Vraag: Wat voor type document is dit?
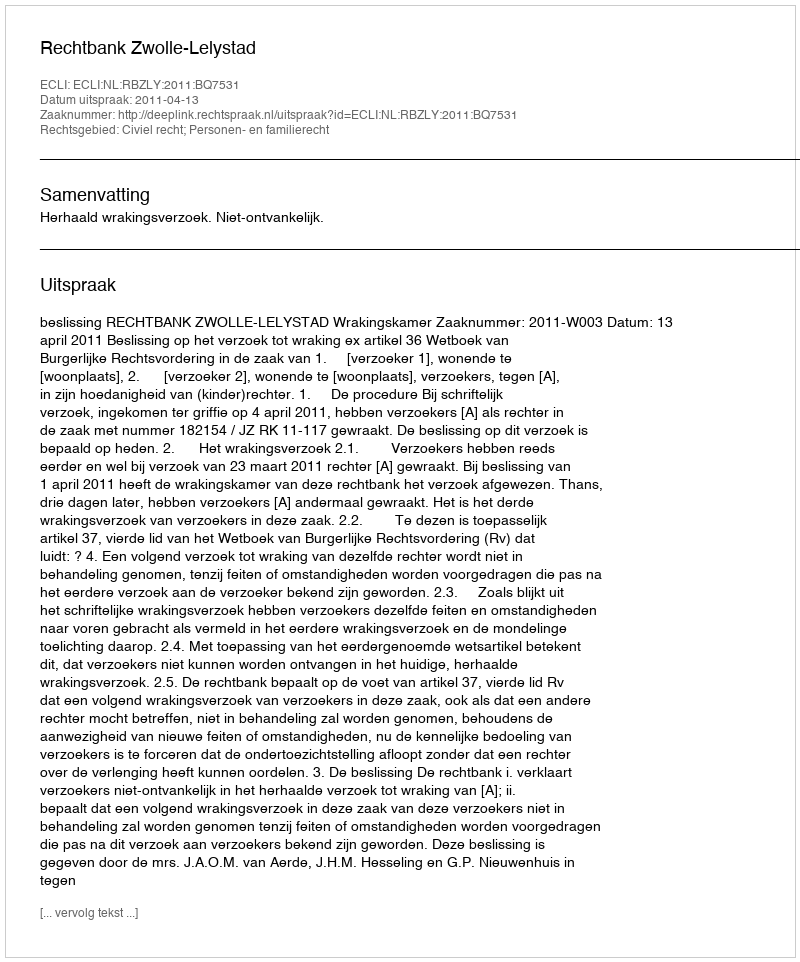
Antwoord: Uitspraak